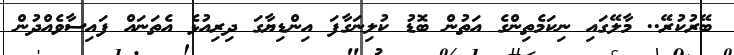
ބޭރުކުރޭ.. މާލޭގައި ނިކަމެތިންގެ އަތުން ބޮޑު ކުލިނަގާފަ އިންޑިޔާގަ ދިރިއުޅެ އެތަނައް ފައިސާވެއްދުން